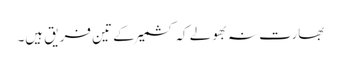
بھارت نہ بھولے کہ کشمیر کے تین فریق ہیں۔